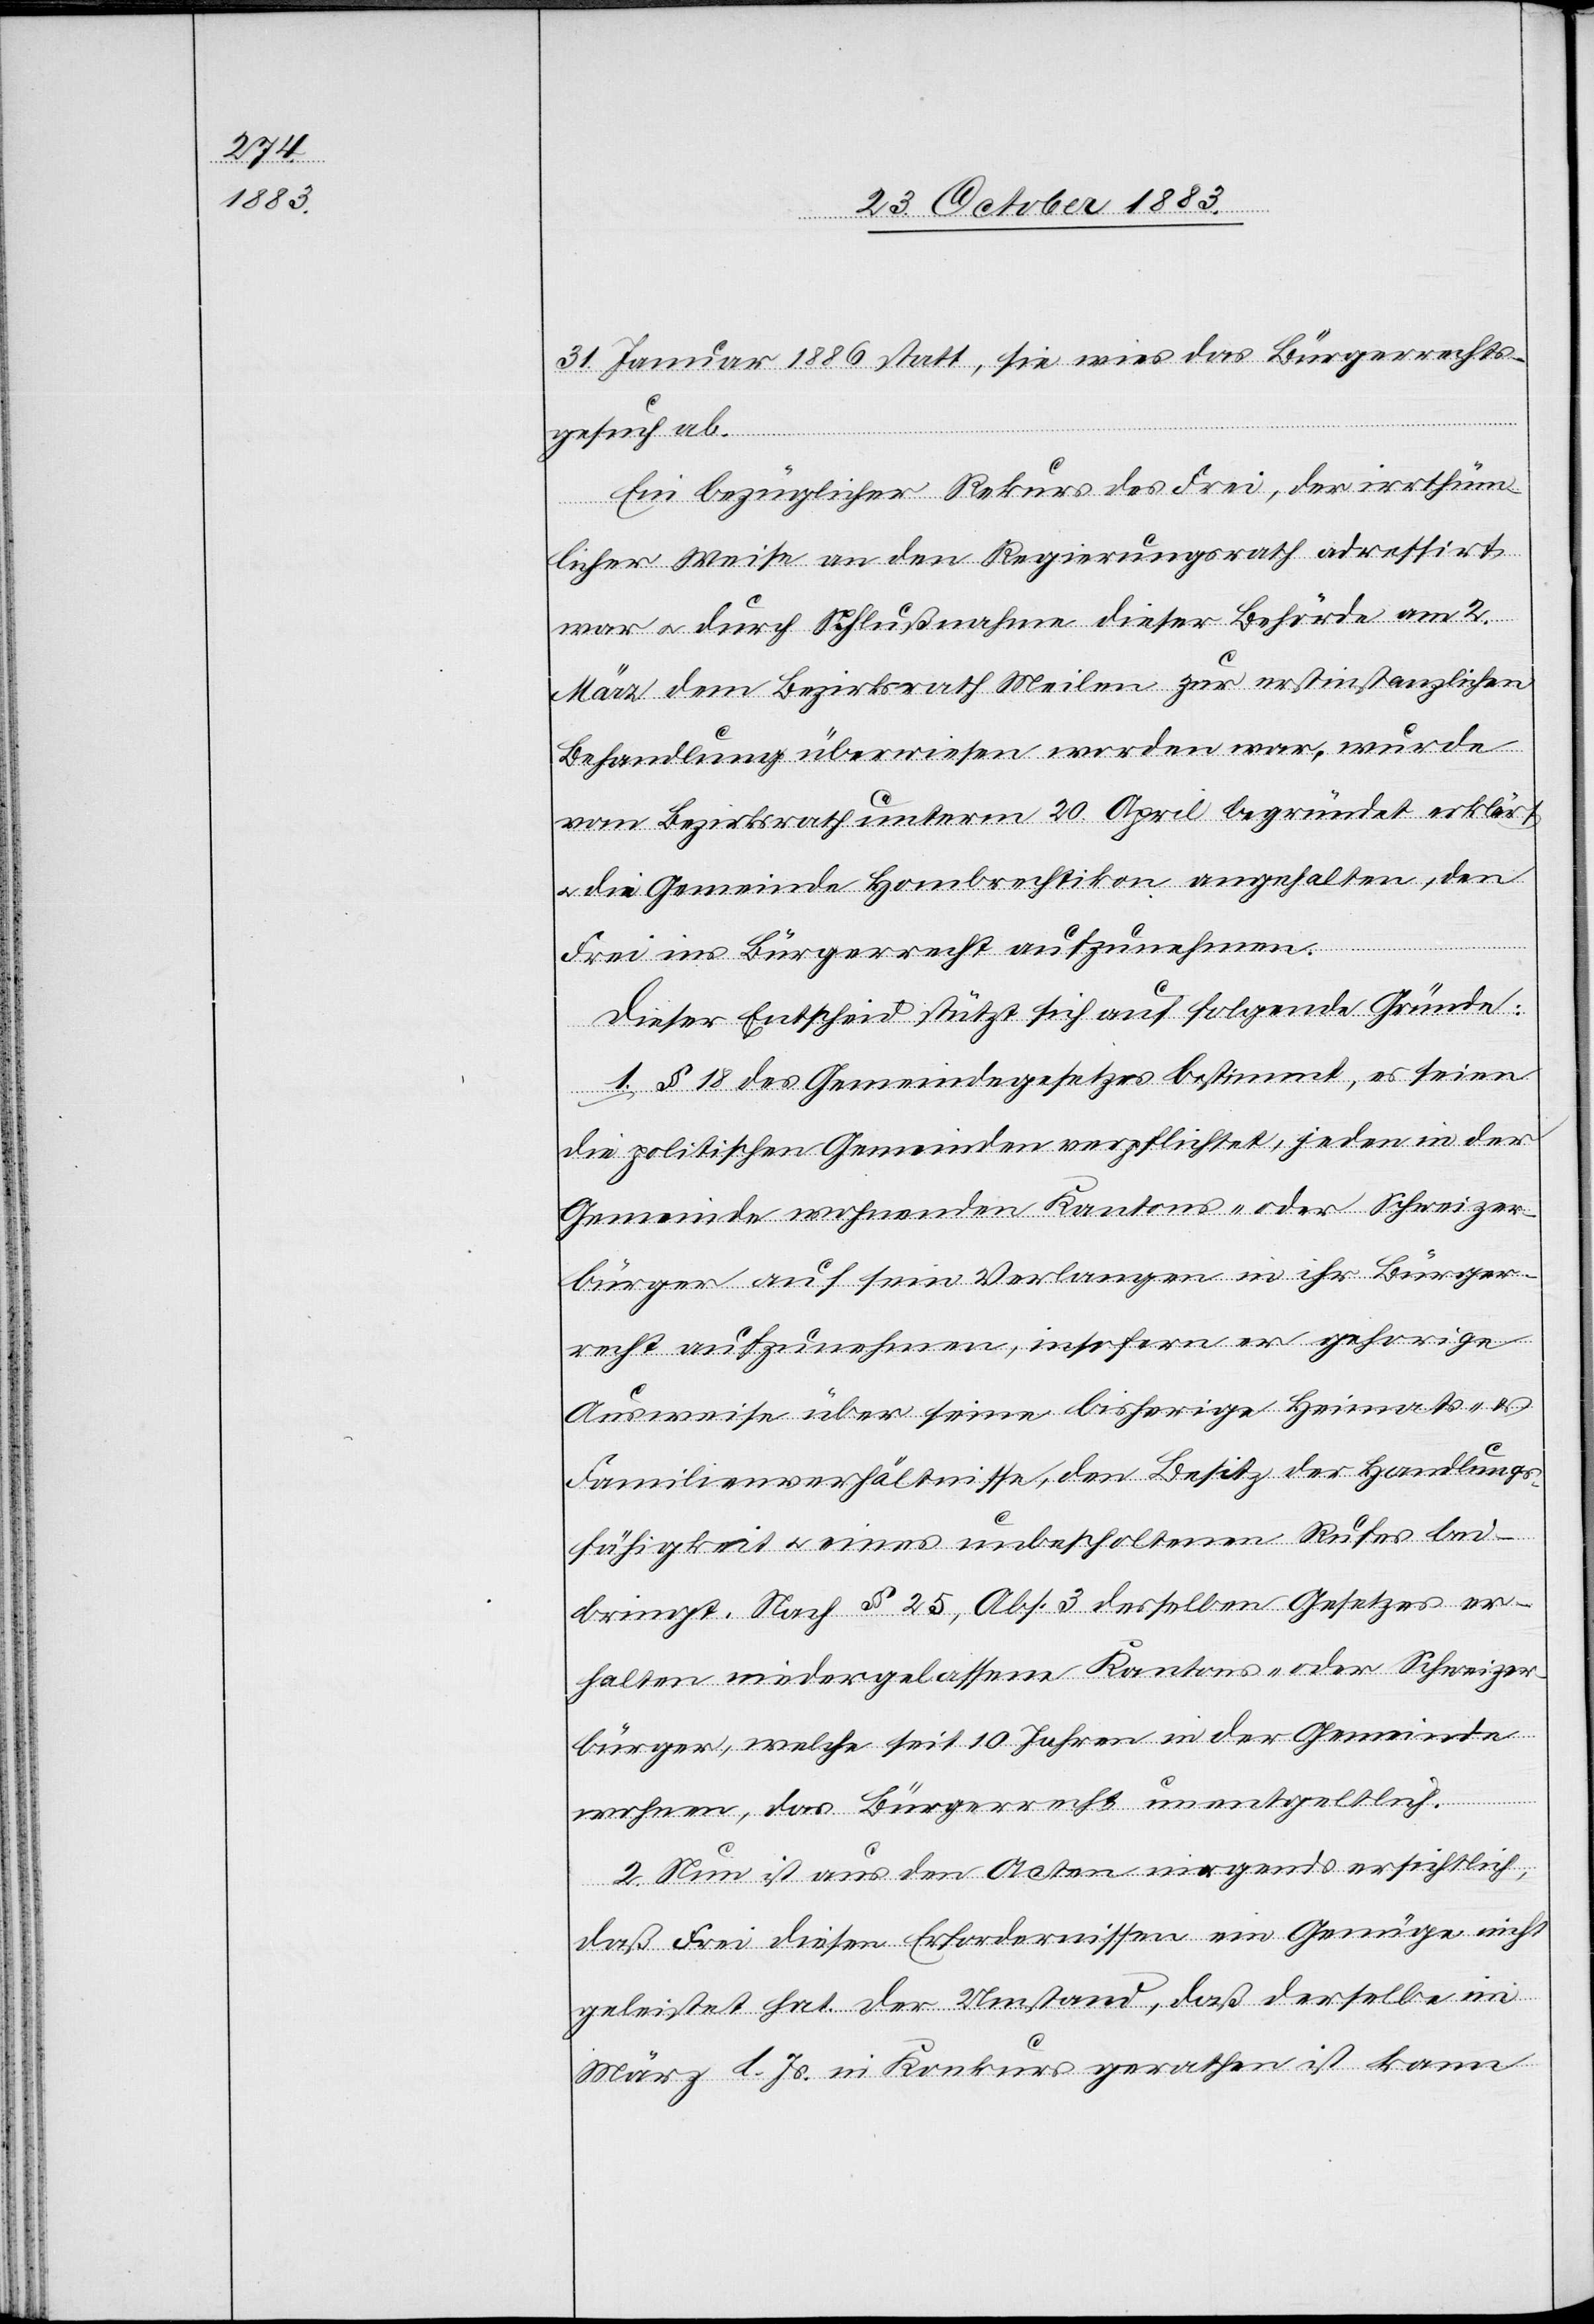
31. Januar 1886 statt, sie wies das Bürgerrechts¬
gesuch ab.
Ein bezüglicher Rekurs des Frei, der irrthüm¬
licher Weise an den Regierungsrath adressirt
war & durch Schlußnahme dieser Behörde am 2.
März dem Bezirksrath Meilen zur erstinstanzlichen
Behandlung überwiesen worden war, wurde
vom Bezirksrath unterm 20. April begründet erklärt
& die Gemeinde Hombrechtikon angehalten, den
Frei ins Bürgerrecht aufzunehmen.
Dieser Entscheid stützt sich auf folgende Gründe:
1. § 18 des Gemeindegesetzes bestimmt, es seien
die politischen Gemeinden verpflichtet, jeden in der
Gemeinde wohnenden Kantons- oder Schweizer¬
bürger auf sein Verlangen in ihr Bürger¬
recht aufzunehmen, insofern er gehorige
Ausweise über seine bisherige Heimats-
Familienverhältnisse, den Besitz der Handlungs¬
fähigkeit & eines unbescholtenen Rufes bei¬
bringt. Nach § 25, Abs. 3 desselben Gesetzes er¬
halten niedergelassene Kantons- oder Schweizer¬
bürger, welche seit 10 Jahren in der Gemeinde
wohnen, das Bürgerrecht unentgeltlich.
2. Nun ist aus den Acten nirgends ersichtlich,
daß Frei diesen Erfordernissen ein Genüge nicht
geleistet hat. Der Umstand, daß derselbe im
März l. Js. in Konkurs gerathen ist kann